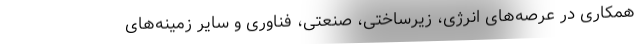
همکاری در عرصه‌های انرژی، زیرساختی، صنعتی، فناوری و سایر زمینه‌های